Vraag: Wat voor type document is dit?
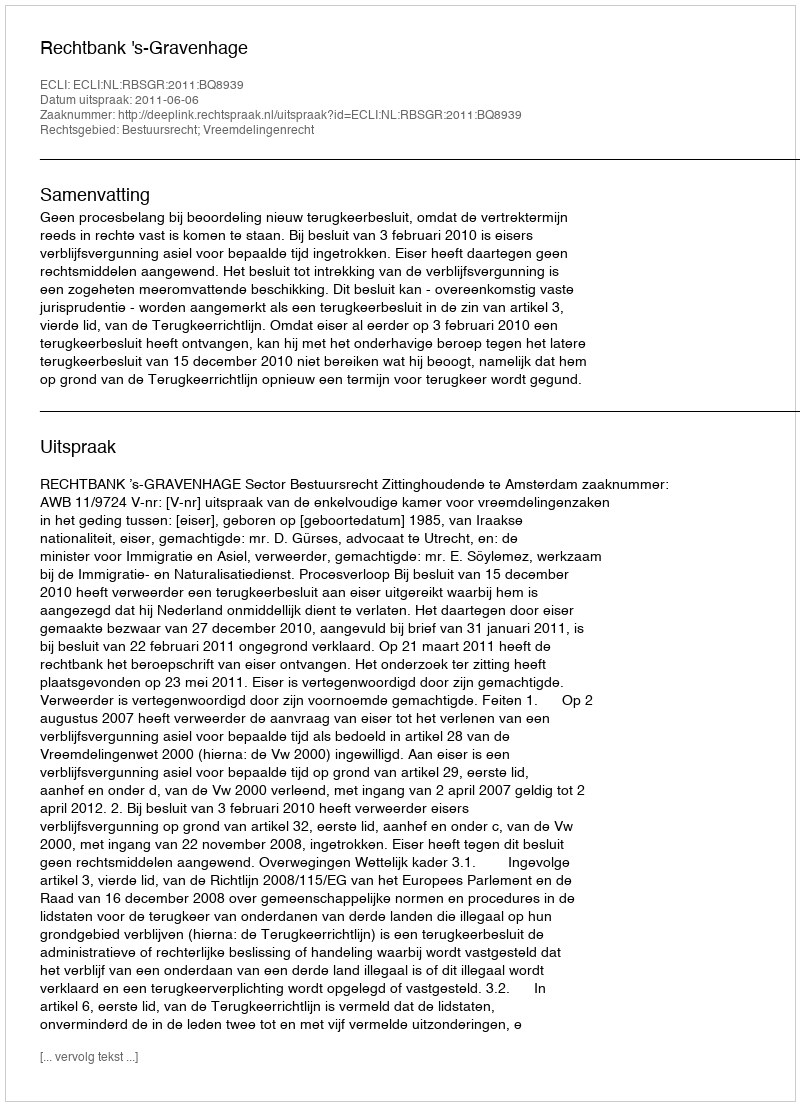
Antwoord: Uitspraak